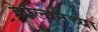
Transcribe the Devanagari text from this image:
केल्विनच्या